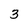
Character: 3